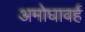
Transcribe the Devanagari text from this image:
अमोघावर्ह